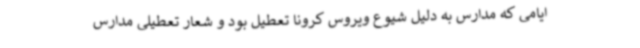
ایامی که مدارس به دلیل شیوع ویروس کرونا تعطیل بود و شعار تعطیلی مدارس